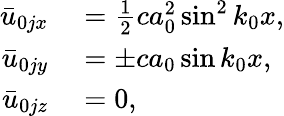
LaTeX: \begin{array}{rl}{\bar{u}_{0jx}}&{{}=\frac{1}{2}ca_{0}^{2}\sin^{2}{k_{0}x},}\\ {\bar{u}_{0jy}}&{{}=\pm ca_{0}\sin{k_{0}x},}\\ {\bar{u}_{0jz}}&{{}=0,}\end{array}